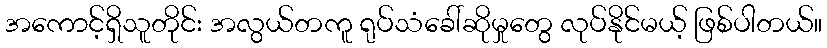
အကောင့်ရှိသူတိုင်း အလွယ်တကူ ရုပ်သံခေါ်ဆိုမှုတွေ လုပ်နိုင်မယ့် ဖြစ်ပါတယ်။